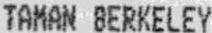
TAMAN BERKELEY